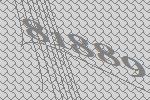
81889